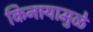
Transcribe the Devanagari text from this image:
किनार्‍यामुळे